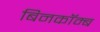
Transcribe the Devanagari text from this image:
बिनकॉम्ब